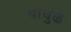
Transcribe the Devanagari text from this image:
वाघुळे